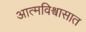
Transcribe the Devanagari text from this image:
आत्मविश्वासात